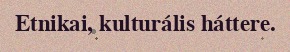
Etnikai, kulturális háttere.